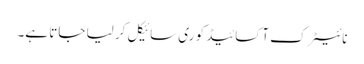
نائیٹرک آکسائیڈ کو ری سائیکل کر لیا جاتا ہے۔